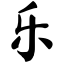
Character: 乐